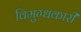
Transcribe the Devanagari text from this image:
विमुग्धकारी